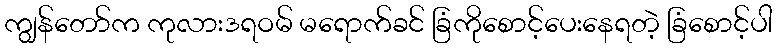
ကျွန်တော်က ကုလားဒရဝမ် မရောက်ခင် ခြံကိုစောင့်ပေးနေရတဲ့ ခြံစောင့်ပါ